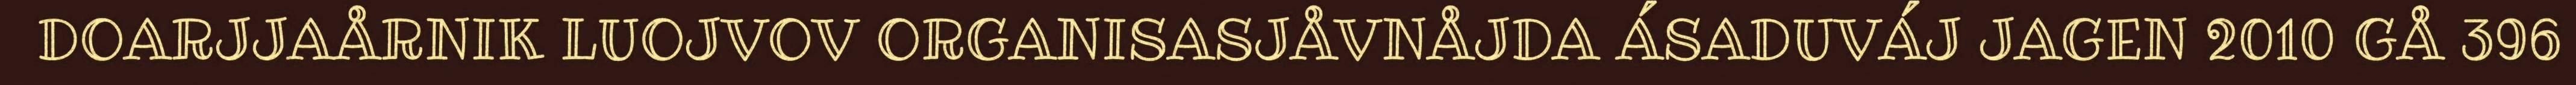
DOARJJAÅRNIK LUOJVOV ORGANISASJÅVNÅJDA ÁSADUVÁJ JAGEN 2010 GÅ 396